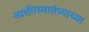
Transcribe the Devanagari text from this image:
व्यक्तीस्वातंत्र्याच्या